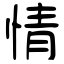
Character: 情